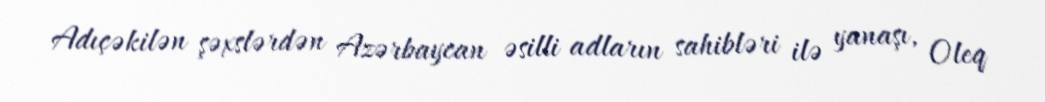
Adıçəkilən şəxslərdən Azərbaycan əsilli adların sahibləri ilə yanaşı, Oleq